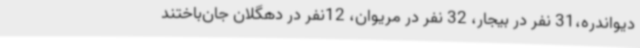
دیواندره،31 نفر در بیجار، 32 نفر در مریوان، 12نفر در دهگلان جان‌باختند